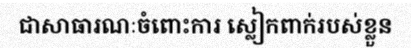
ជាសាធារណៈចំពោះការ ស្លៀកពាក់របស់ខ្លួន